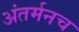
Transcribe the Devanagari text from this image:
अंतर्मनच